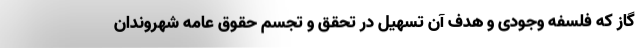
گاز که فلسفه وجودی و هدف آن تسهیل در تحقق و تجسّم حقوق عامه شهروندان